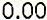
0.00